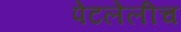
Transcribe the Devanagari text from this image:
पेटलेलीच